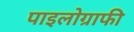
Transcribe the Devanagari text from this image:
पाइलोग्राफी